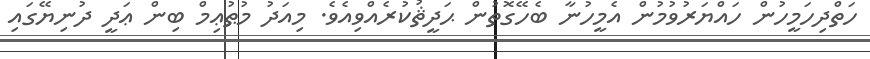
ހަތްދިހަމީހުން ހައްޔަރުވުމުން އެމީހުނާ ބެހޭގޮތުން ޙަދީޘުކުރެއްވިއެވެ. މިއަދު މުޠުޢިމް ބިން ޢަދީ ދުނިޔޭގައި